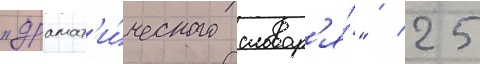
"драмат'и́ческого словар'я́" / 25